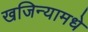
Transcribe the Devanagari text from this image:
खजिन्यामधे